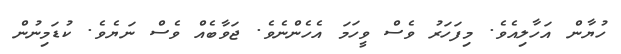
ހުޔާން އަހާލިއެވެ. މިފަހަރު ވެސް ވީހަމަ އެހެންނެވެ. ޖަވާބެއް ވެސް ނަޔެވެ. ކުޑަމިނުން